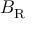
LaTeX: B _ { \mathrm { R } }